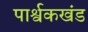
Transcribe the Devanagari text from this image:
पार्श्वकखंड